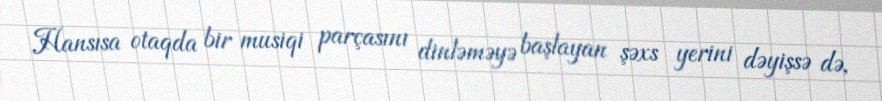
Hansısa otaqda bir musiqi parçasını dinləməyə başlayan şəxs yerini dəyişsə də,